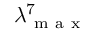
\lambda _ { \mathrm { ~ m ~ a ~ x ~ } } ^ { 7 }